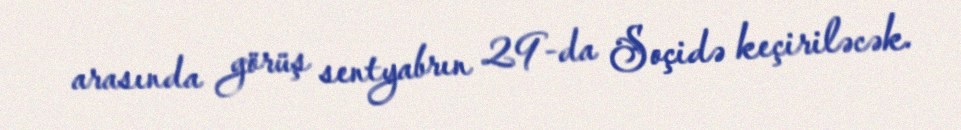
arasında görüş sentyabrın 29-da Soçidə keçiriləcək.